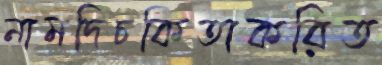
নামদিচকিতাকরিত